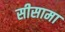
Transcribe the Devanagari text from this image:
सीसामा